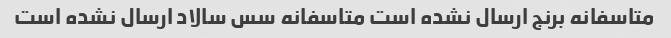
متاسفانه برنج ارسال نشده است متاسفانه سس سالاد ارسال نشده است